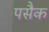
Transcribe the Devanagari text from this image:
पसैक